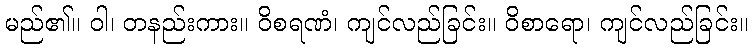
မည်၏။ ဝါ၊ တနည်းကား။ ဝိစရဏံ၊ ကျင်လည်ခြင်း။ ဝိစာရော၊ ကျင်လည်ခြင်း။